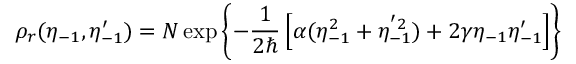
\rho _ { r } ( \eta _ { - 1 } , \eta _ { - 1 } ^ { \prime } ) = { \cal N } \exp \left\{ - { \frac { 1 } { 2 \hbar } } \left[ \alpha ( \eta _ { - 1 } ^ { 2 } + \eta _ { - 1 } ^ { ' 2 } ) + 2 \gamma \eta _ { - 1 } \eta _ { - 1 } ^ { \prime } \right] \right\}